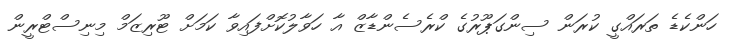
ހަންކެޑެ ތަރައްގީ ކުރަން ސިންގަޕޫރުގެ ކްރެސެންޑާޒް އާ ހަވާލުކޮށްފައިވާ ކަމަށް ޓޫރިޒަމް މިނިސްޓްރީން